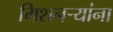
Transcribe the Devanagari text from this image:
मिशनऱ्यांना